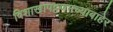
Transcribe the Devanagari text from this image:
विशाखापट्टणमच्याबाहेर